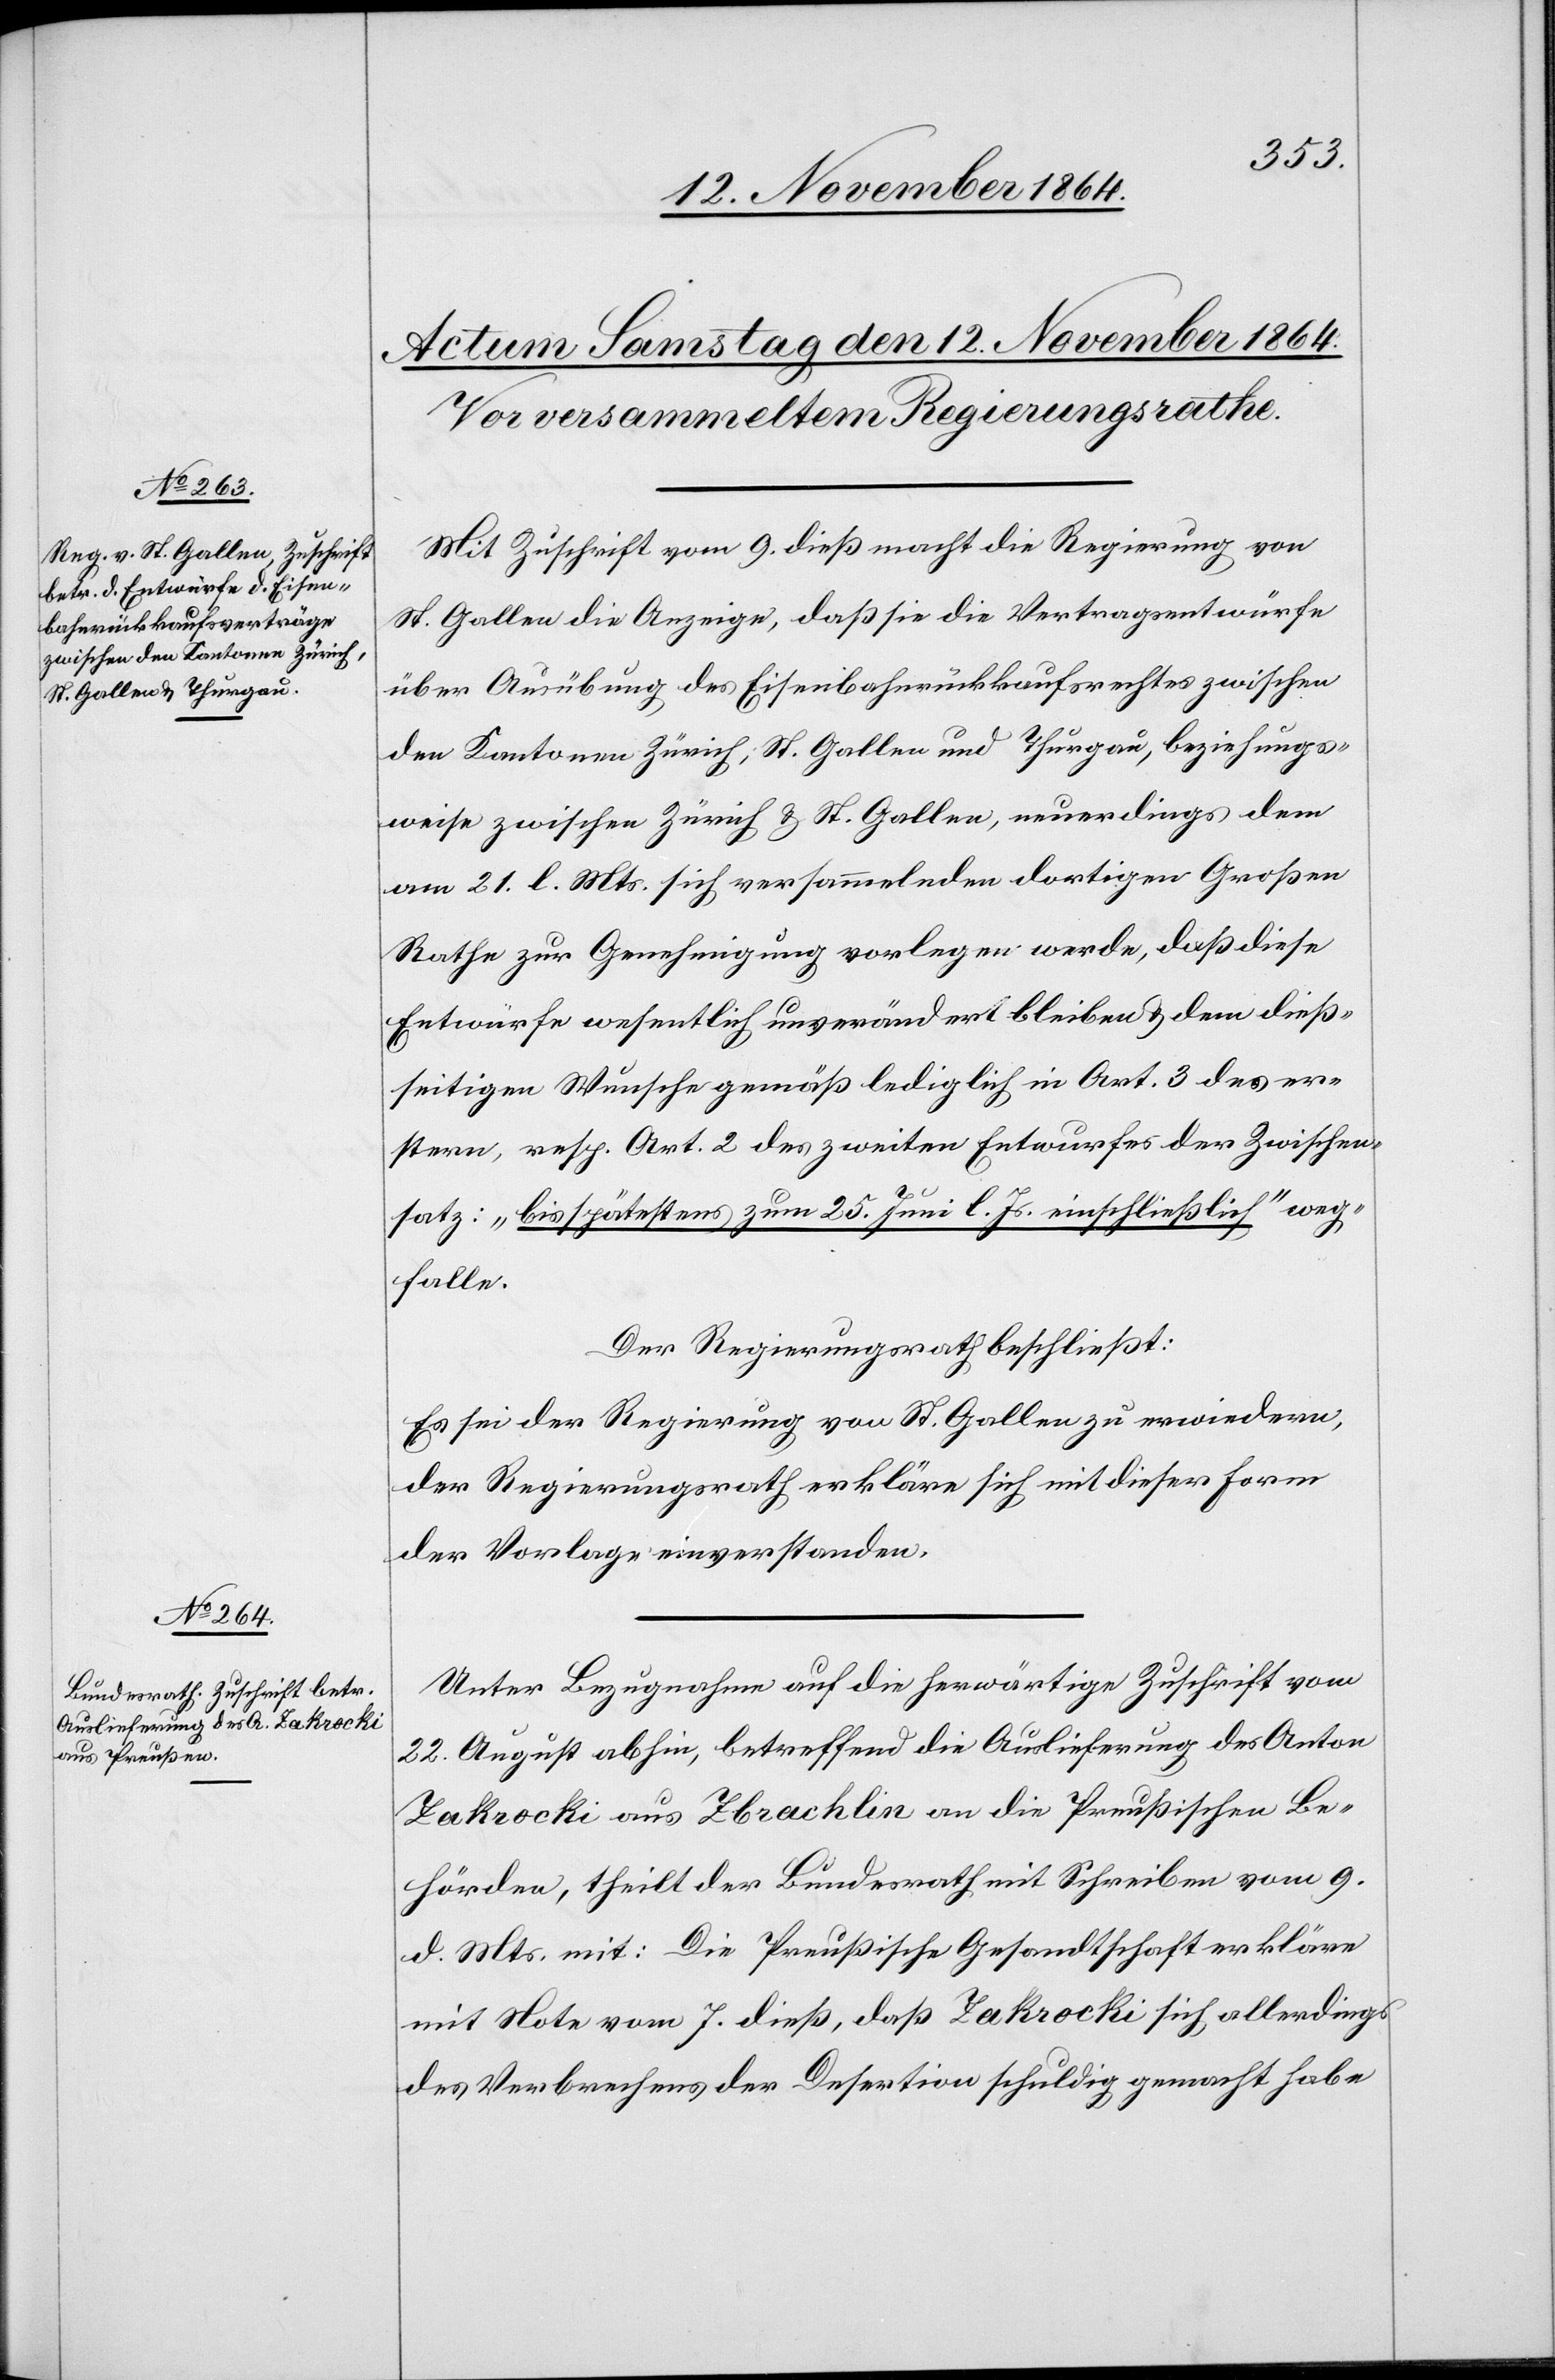
Mit Zuschrift vom 9. dieß macht die Regierung von
St. Gallen die Anzeige, daß sie die Vertragsentwürfe
über Ausübung des Eisenbahnrückkaufsrechtes zwischen
den Kantonen Zürich, St. Gallen und Thurgau, beziehungs¬
weise zwischen Zürich & St. Gallen, neuerdings dem
am 21. l. Mts. sich versammelnden dortigen Großen
Rathe zur Genehmigung vorlegen werde, daß diese
Entwürfe wesentlich unverändert bleiben & dem dieß¬
seitigen Wunsche gemäß lediglich in Art. 3 des er¬
stern, resp. Art. 2 des zweiten Entwurfes der Zwischen¬
satz: „bis spätestens zum 25. Juni l. Js. einschließlich“ weg¬
falle.
Der Regierungsrath beschließt:
Es sei der Regierung von St. Gallen zu erwiedern,
der Regierungsrath erkläre sich mit dieser Form
der Vorlage einverstanden.
Unter Bezugnahme auf die herwärtige Zuschrift vom
22. August abhin, betreffend die Auslieferung des Anton
Zakrocki aus Zbrachlin an die Preußischen Be¬
hörden, theilt der Bundesrath mit Schreiben vom 9.
d. Mts. mit: Die Preußische Gesandtschaft erkläre
mit Note vom 7. dieß, daß Zakrocki sich allerdings
des Verbrechens der Desertion schuldig gemacht habe